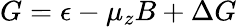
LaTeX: G=\epsilon-\mu_{z}B+\Delta G